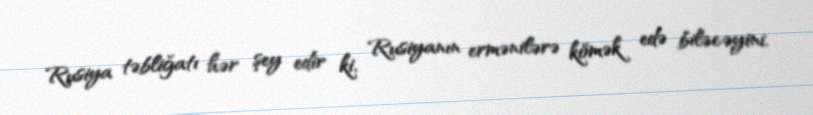
Rusiya təbliğatı hər şey edir ki, Rusiyanın ermənilərə kömək edə biləcəyini,